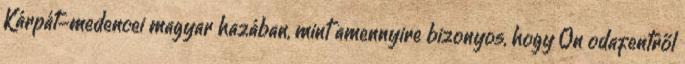
Kárpát-medencei magyar hazában, mint amennyire bizonyos, hogy Ön odafentről